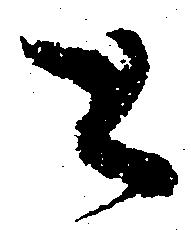
と